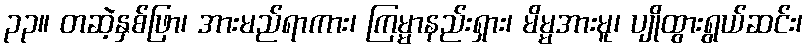
၃၃။ တဆဲ့နှစ်ဖြာ၊ အားမည်ရာကား၊ ကြမ္မာနည်းရှား၊ မိမ္မအားမူ၊ ပျိုထွားရွယ်ဆင်း၊